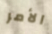
الأمر